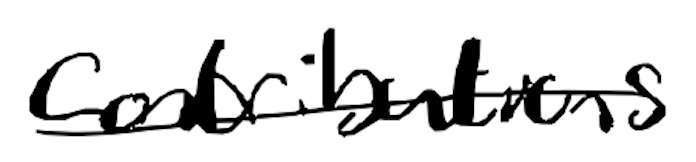
Text: contributions
Cross-out: mix
Writing tool: digital_black